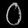
Digit: ၀